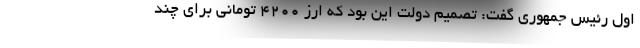
اول رئیس جمهوری گفت: تصمیم دولت این بود که ارز ۴۲۰۰ تومانی برای چند